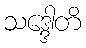
သဒ္ဒေါတိ